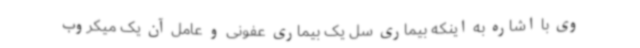
وی با اشاره به اینکه بیماری سل یک بیماری عفونی و عامل آن یک میکروب